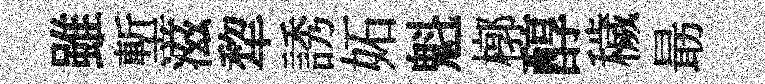
雖塹滋犂誘妬魁槨醇穢朂